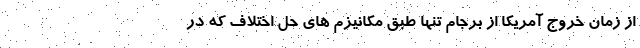
از زمان خروج آمریکا از برجام تنها طبق مکانیزم های حل اختلاف که در